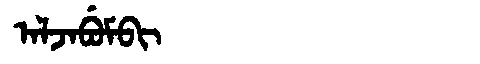
Manchu: ᠠᠯᠵᠠᠪᡠᠮᠪᡳ
Romanization: ALJABUMBI